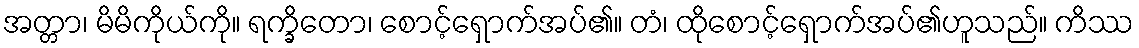
အတ္တာ၊ မိမိကိုယ်ကို။ ရက္ခိတော၊ စောင့်ရှောက်အပ်၏။ တံ၊ ထိုစောင့်ရှောက်အပ်၏ဟူသည်။ ကိဿ